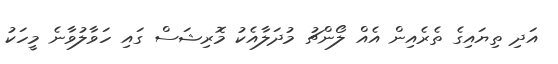
އަދި ތިޔައިގެ ތެރެއިން އެއް ލޯންޗު މުދަލާއެކު މޮރިޝަސް ގައި ހަވާލުވާނެ މީހަކު